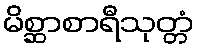
မိစ္ဆာစာရီသုတ္တံ